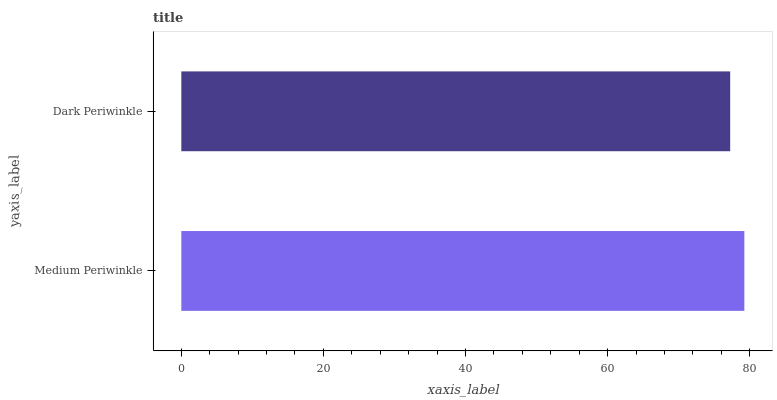
| yaxis_label | bars |
 | --- | --- |
 | Medium Periwinkle | 79.2 |
 | Dark Periwinkle | 77.3 |